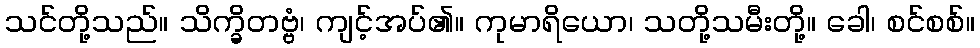
သင်တို့သည်။ သိက္ခိတဗ္ဗံ၊ ကျင့်အပ်၏။ ကုမာရိယော၊ သတို့သမီးတို့။ ခေါ၊ စင်စစ်။